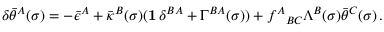
\delta \bar { \theta } ^ { A } ( \sigma ) = - \bar { \epsilon } ^ { A } + \bar { \kappa } ^ { B } ( \sigma ) ( { \bf 1 } \, \delta ^ { B A } + \Gamma ^ { B A } ( \sigma ) ) + f ^ { A } { } _ { B C } \Lambda ^ { B } ( \sigma ) \bar { \theta } ^ { C } ( \sigma ) \, .